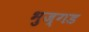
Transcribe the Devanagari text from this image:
भुज्गड